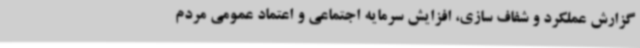
گزارش عملکرد و شفاف سازی، افزایش سرمایه اجتماعی و اعتماد عمومی مردم